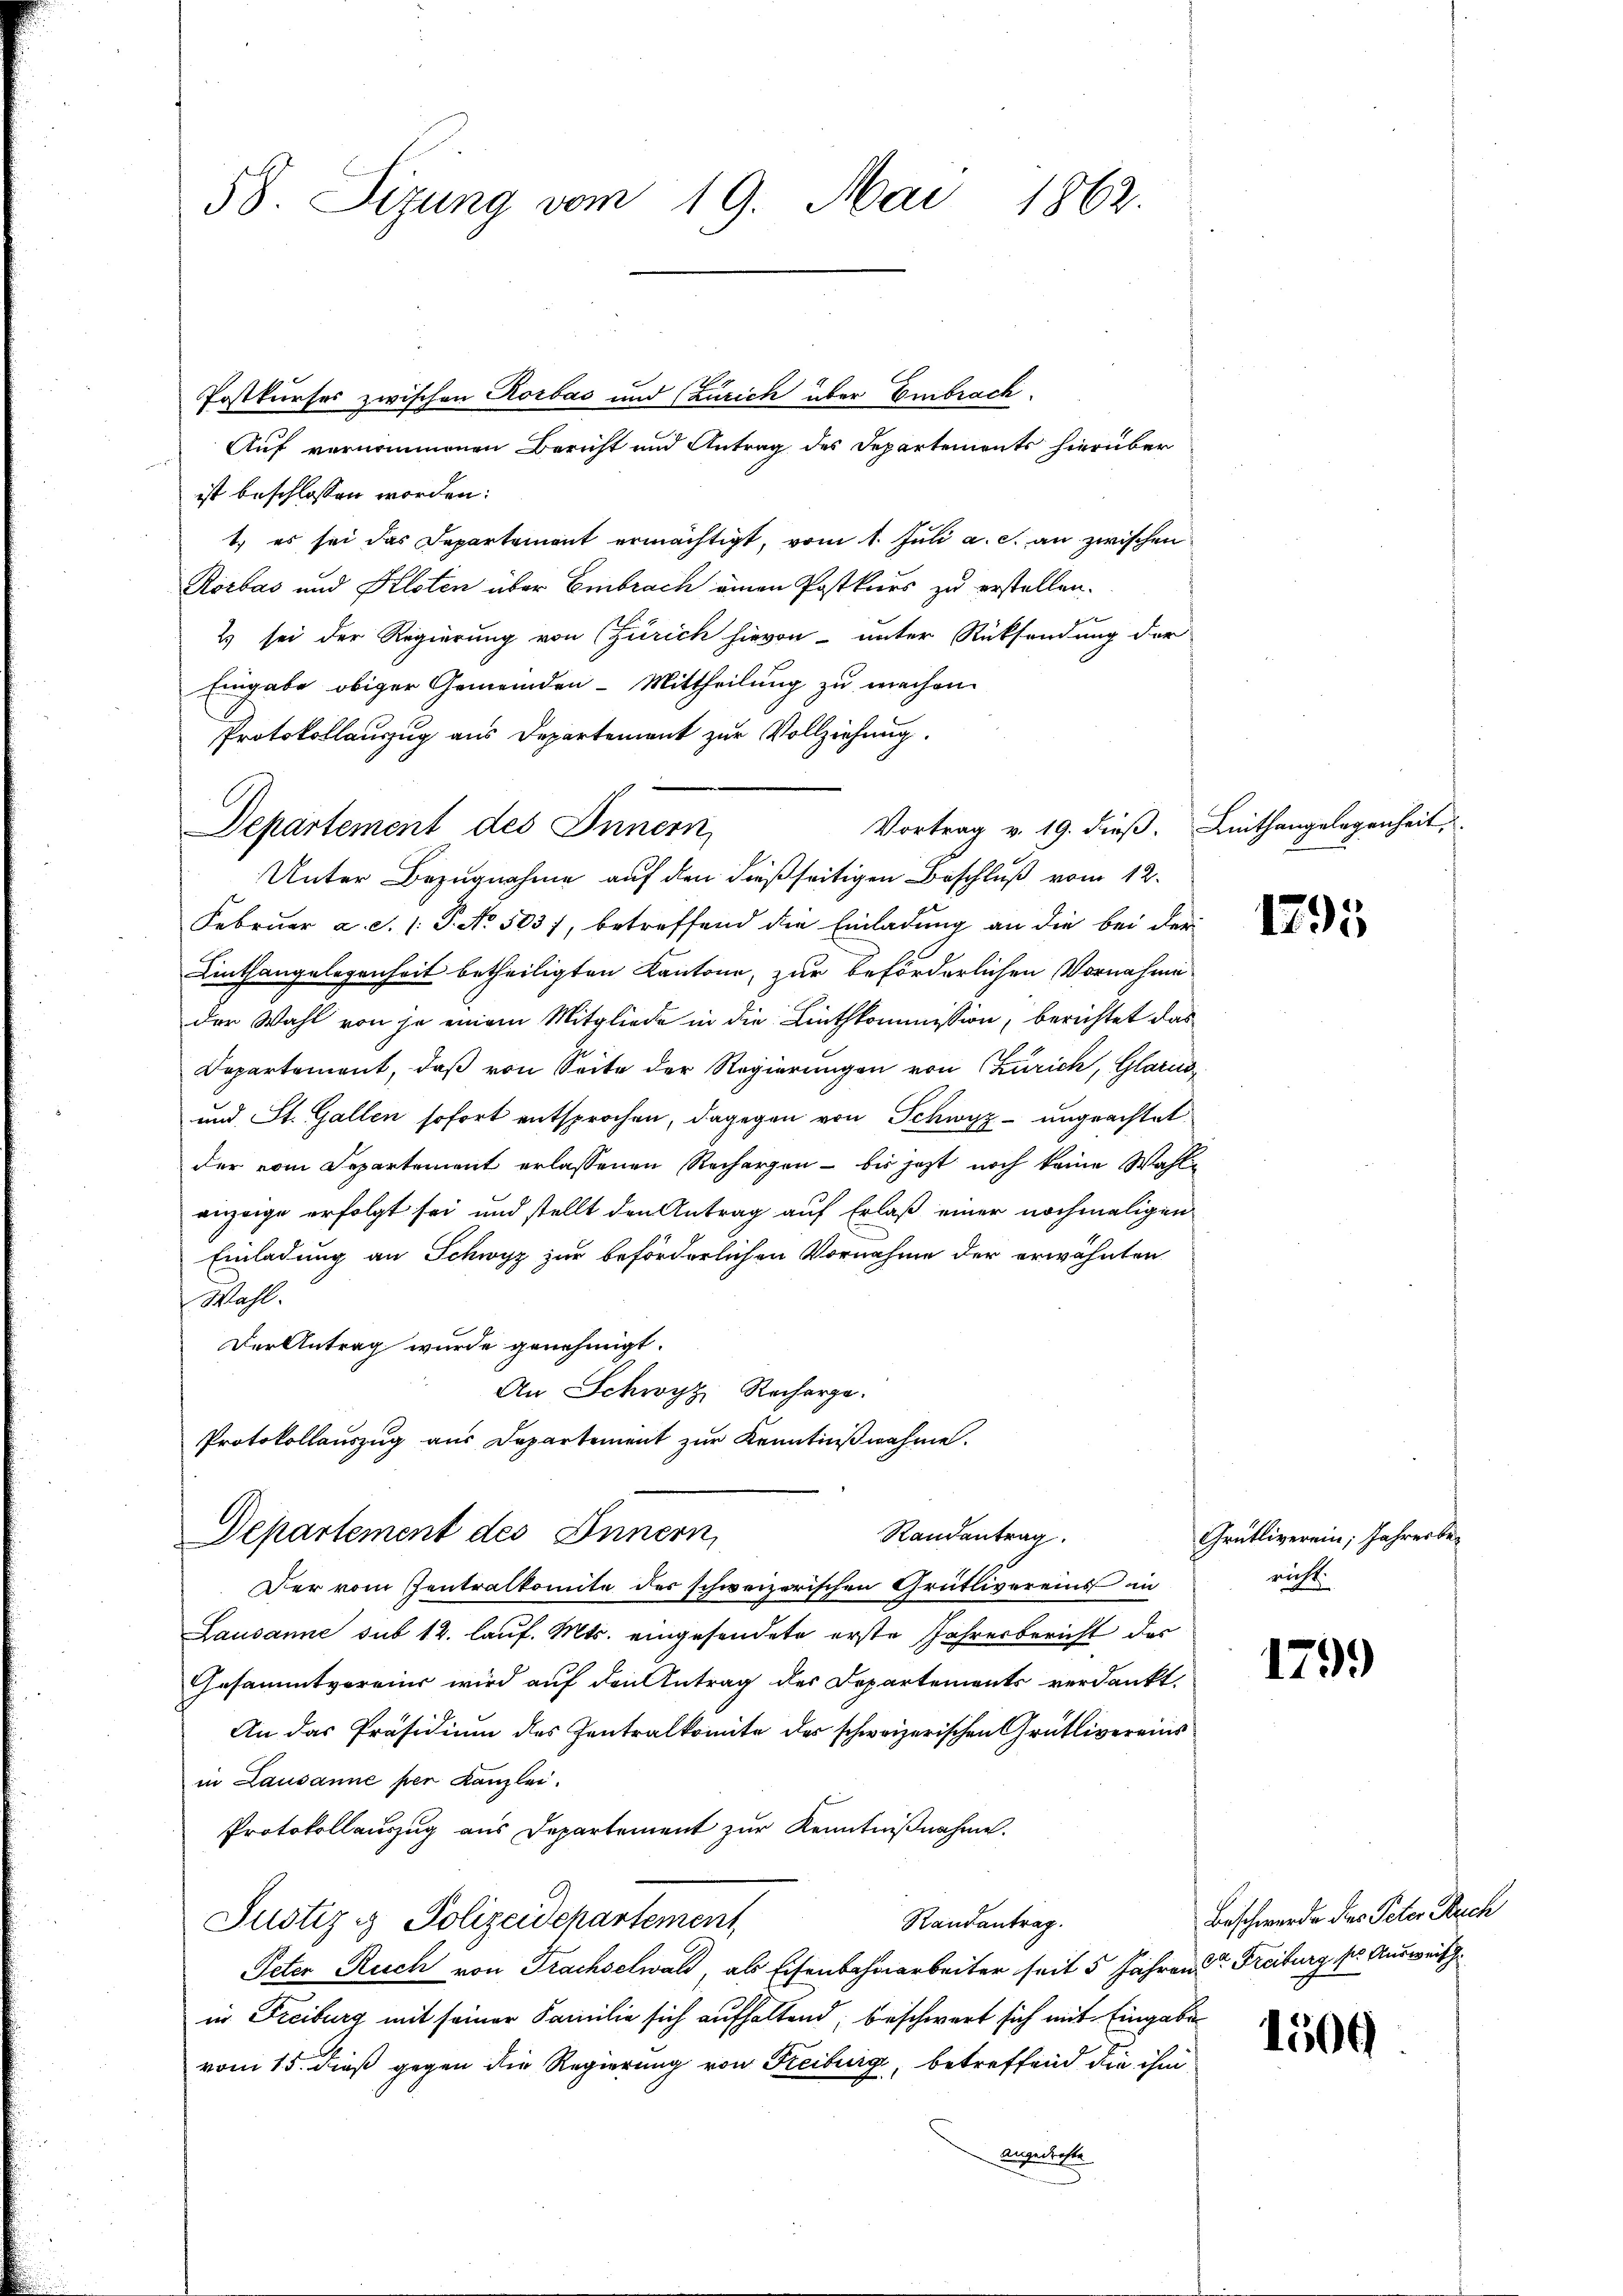
58. Sizung vom 19. Mai 1862.

Postkurses zwischen Korbas und (Zürich über Embrach.
Auf vernommenen Bericht und Antrag des Departements hierüber
ist beschlossen worden:
1.) es sei das Departemont ermächtigt, vom 1. Juli a. c. an zwischen
Rorbas und Kloten über Embrach einen Postkurs zu erstellen.
2) sei der Regierung von Zürich hievon unter Rücksendung der
Eingabe obiger Gemeinden - Mittheilung zu machen.
Protokollauszug aus Departement zur Vollziehung.
Unter Bezugnahme auf den dießseitigen Beschluß vom 12.
Februar a.c. (: P. No. 503 f, betreffend die Einladung an die bei der
Linthangelegenheit betheiligten Kantone, zur beförderlichen Vornahme
der Wahl von je einem Mitgliede in die Linthkommission, berichtet das
Departemont, daß von Seite der Regierungen von Zürich, Glarus
und St. Gallen sofort entsprochen, dagegen von Schwyz ungeachtet
der vom Departement erlassenen Rechargen - bis jetzt noch keine Wahle
einzeige erfolgt sei und stellt den Antrag auf Erlaß einer nochmaligen
Einladung an Schwyz zur beförderlichen Vornahme der erwähnten
Wahl.
Der Antrag wurde genehmigt.
An Schwyz Recharge.
Protokollauszug aus Departement zur Kenntnißnahme.

Departement des Innern

Vortrag v. 19. dieß. Leithangelegenheit,

Departement des Innern,
Randentrag.

Der vom Zentralkomite des schweizerischen Grütlivereins in
Lausanne sub 12. lauf. Mts. eingesendete erste Jahresbericht der
Gesammtvereins wird auf den Antrag des Departements verdankt.
An das Präsidium des Zentralkomite der schweizerischen Grütlivereins
in Lausanne per Kanzlei.
Protokollauszug aus Departement zur Kenntnißnahme.
Justiz & Polizeidepartement
Randantrag.
Peter Reich von Frachselwald, als Eisenbahnarbeiter seit 5 Jahren der Freiburg ser Ausweis
in Freiburg mit seiner Familie sich aufhaltend; beschwert sich mit Eingabe
vom 15. dieß gegen die Regierung von Freiburg, betreffend die ihm
angedrohte

1795

Grütliverein; Jahresbericht.

1799

Beschwerde dies Peter Buch

1500